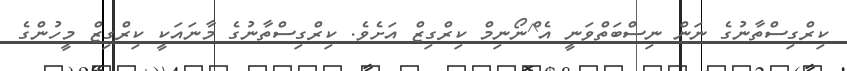
ކިރްގިސްތާނުގެ ނަން ނިސްބަތްވަނީ އެ^ްނޯނިމް ކިރްގިޒް އަށެވެ. ކިރްގިސްތާނުގެ މާނައަކީ ކިރްގިޒް މީހުންގެ